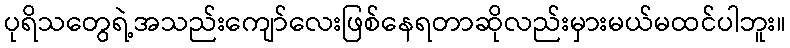
ပုရိသတွေရဲ့အသည်းကျော်လေးဖြစ်နေရတာဆိုလည်းမှားမယ်မထင်ပါဘူး။